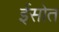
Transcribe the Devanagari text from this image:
ईसोत